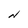
Character: N